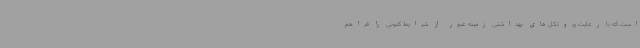
است که با رعایت پروتکل های بهداشتی زمینه عبور از شرایط کنونی را فراهم